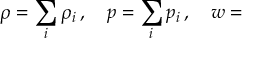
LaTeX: \rho = \sum _ { i } \rho _ { i } \, , \quad p = \sum _ { i } p _ { i } \, , \quad w =